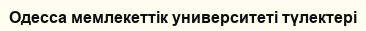
Одесса мемлекеттік университеті түлектері